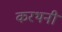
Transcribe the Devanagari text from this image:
करथनी